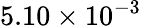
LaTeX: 5.10\times 10^{-3}